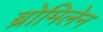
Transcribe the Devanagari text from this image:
ब्रोमिलेन